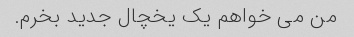
من می خواهم یک یخچال جدید بخرم.